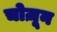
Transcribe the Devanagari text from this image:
चोज़ून